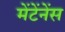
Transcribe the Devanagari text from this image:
मेंटेंनेंस